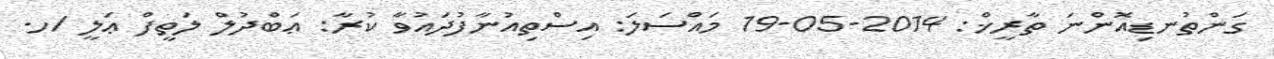
ގަންތުނޑިއޮންނަ ތާރީޚް: 2014-05-19 މައްސަލަ: އިސްތިއުނާފުދައުވާ ކުރާ: ޢަބްދުލް ލަތީފް ޢަލީ /ހ.